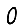
Digit: 0